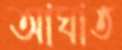
আঘাত